Standards of the constituents of the urine and blood and the bearing of the metabolism of Bengalis on the problems of nutrition - Number 34
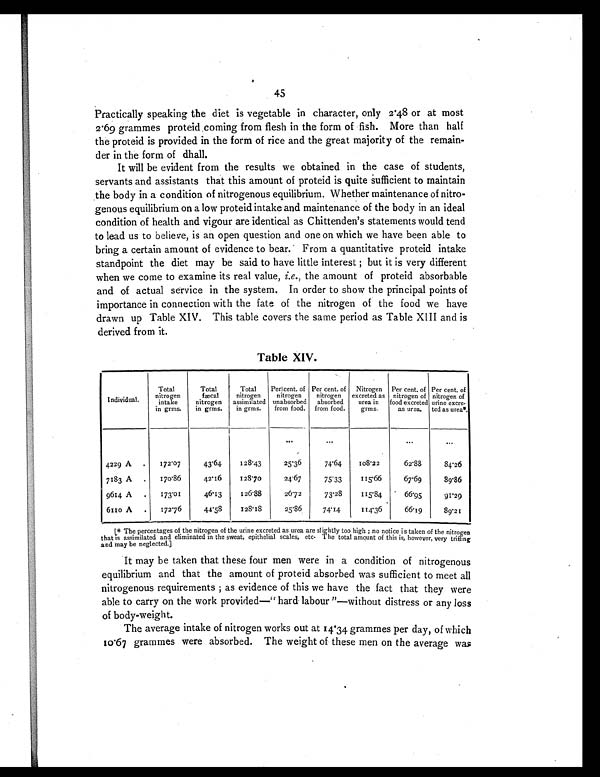
45
Practically speaking the diet is vegetable in character, only 2.48 or at most
2 .69 grammes proteid coming from flesh in the form of fish. More than half
the proteid is provided in the form of rice and the great majority of the remain-
der in the form of dhall.
It will be evident from the results we obtained in the case of students,
servants and assistants that this amount of proteid is quite sufficient to maintain
the body in a condition of nitrogenous equilibrium. Whether maintenance of nitro-
genous equilibrium on a low proteid intake and maintenance of the body in an ideal
condition of health and vigour are identical as Chittenden's statements would tend
to lead us to believe, is an open question and one on which we have been able to
bring a certain amount of evidence to bear. From a quantitative proteid intake
standpoint the diet may be said to have little interest ; but it is very different
when we come to examine its real value, i.e., the amount of proteid absorbable
and of actual service in the system. In order to show the principal points of
importance in connection with the fate of the nitrogen of the food we have
drawn up Table XIV. This table covers the same period as Table XIII and is
derived from it.
Table XIV.
Individual.
Total
nitrogen
intake
in grms.
Total
fæcal
nitrogen
in grms.
Total
nitrogen
assimilated
in grms.
Per cent. of
nitrogen
unabsorbed
from food.
Per cent. of
nitrogen
absorbed
from food.
Nitrogen
excreted as
urea in
grms.
Per cent. of
nitrogen of
food excreted
as urea.
Per cent. of
nitrogen of
urine excre.
ted as urea*.
...
. . .
. . .
. . .
4229 A
.
172.07
43.64
128.43
25.36
74.64
108.22
62.88
84.26
7183 A
.
170.86
42.16
128.70
24.67
75.33
115.66
67.69
89.86
9614 A
.
173.01
46.13
126.88
26.72
73.28
115.84
66.95
91.29
6110 A
.
172.76
44.58
128.18
25.86
74.14
114.36
66.19
89.21
[* The percentages of the nitrogen of the urine excreted as urea are slightly too high ; no notice is taken of the nitrogen
that is assimilated and eliminated in the sweat, epithel i al scales, etc. The total amount of this is, however, very trifling
and may be neglected.]
It may be taken that these four men were in a condition of nitrogenous
equilibrium and that the amount of proteid absorbed was sufficient to meet all
nitrogenous requirements ; as evidence of this we have the fact that they were
able to carry on the work provided—"hard labour"—without distress or any loss
of body-weight.
The average intake of nitrogen works out at 14.34 grammes per day, of which
10.67 grammes were absorbed. The weight of these men on the average was